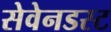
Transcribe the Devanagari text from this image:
सेवेनडस्ट